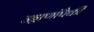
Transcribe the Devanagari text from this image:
उड्डाणांपैकी